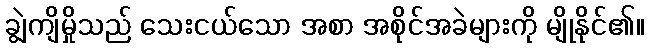
ချွဲကျိမှိုသည် သေးငယ်သော အစာ အစိုင်အခဲများကို မျိုနိုင်၏။